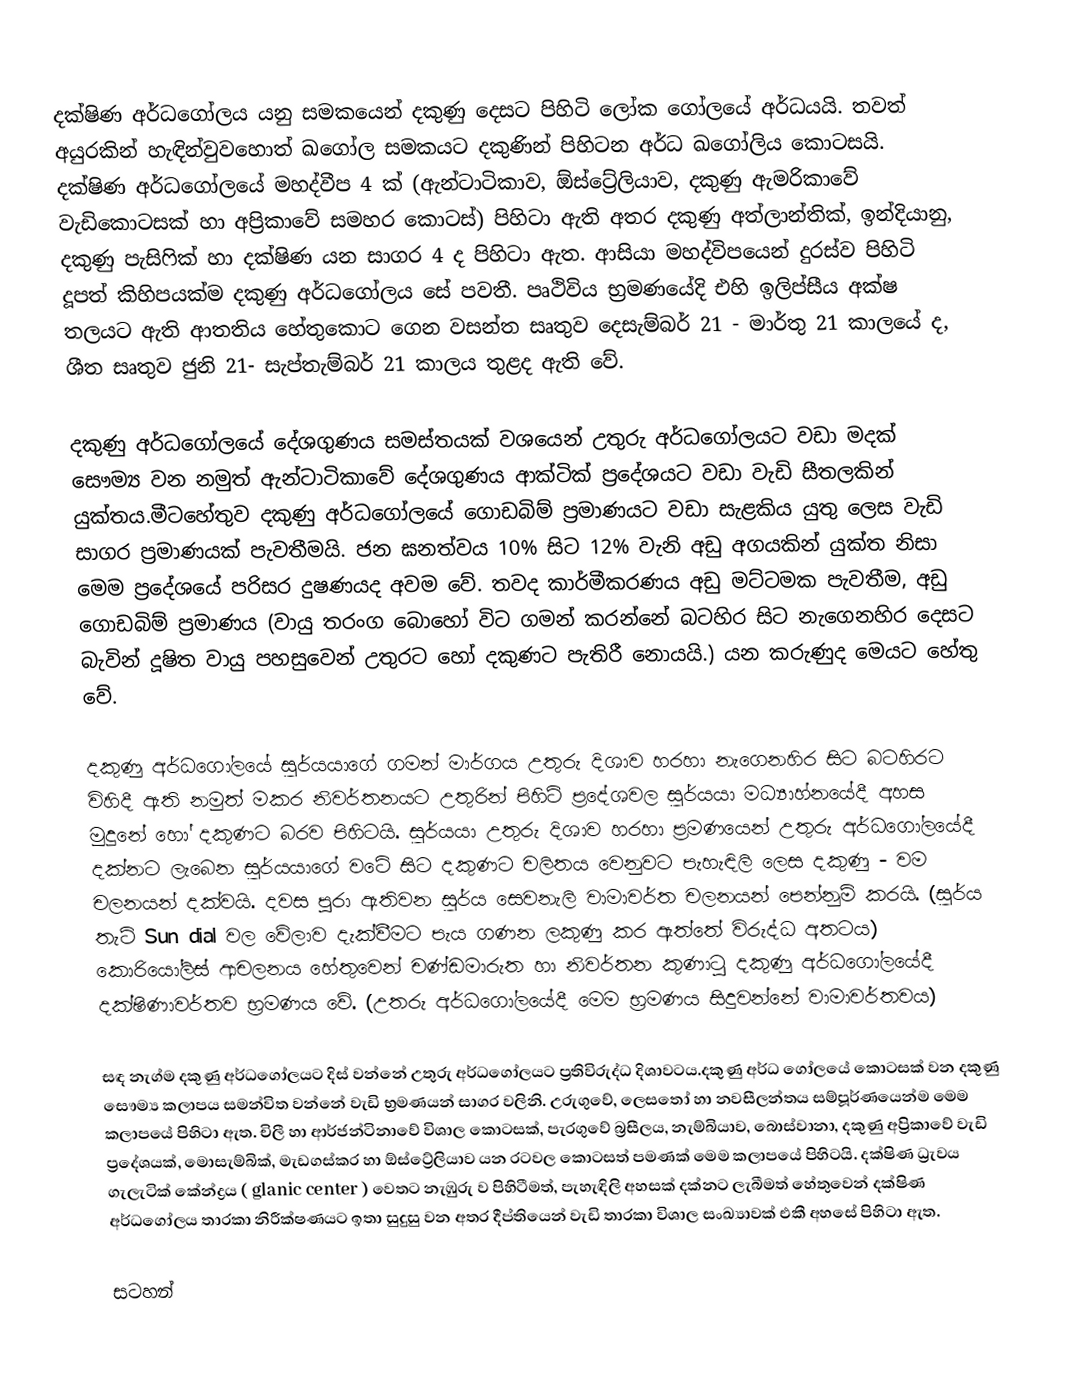
දක්ෂිණ අර්ධගෝලය යනු සමකයෙන් දකුණු දෙසට පිහිටි ලෝක ගෝලයේ අර්ධයයි. තවත් අයුරකින් හැඳින්වුවහොත් ඛගෝල සමකයට දකුණින් පිහිටන අර්ධ ඛගෝලිය කොටසයි. දක්ෂිණ අර්ධගෝලයේ මහද්වීප 4 ක් (ඇන්ටාටිකාව, ඕස්ට්‍රේලියාව, දකුණු ඇමරිකාවේ වැඩිකොටසක් හා අප්‍රිකාවේ සමහර කොටස්) පිහිටා ඇති අතර දකුණු අත්ලාන්තික්, ඉන්දියානු, දකුණු පැසිෆික් හා දක්ෂිණ යන සාගර 4 ද පිහිටා ඇත. ආසියා මහද්විපයෙන් දුරස්ව පිහිටි දූපත් කිහිපයක්ම දකුණු අර්ධගෝලය සේ පවතී. පෘථිවිය භ්‍රම‍ණයේදි එහි ඉලිප්සීය අක්ෂ තලයට ඇති ආතතිය හේතුකොට ගෙන වසන්ත සෘතුව දෙසැම්බර් 21 - මාර්තු 21 කාලයේ ද, ශීත සෘතුව ජුනි 21- සැප්තැම්බර් 21 කාලය තුළද ඇති වේ.

දකුණු අර්ධගෝලයේ දේශගුණය සමස්තයක් වශයෙන් උතුරු අර්ධගෝලයට වඩා මදක් සෞම්‍ය වන නමුත් ඇන්ටාටිකාවේ දේශගුණය ආක්ටික් ප්‍රදේශයට වඩා වැඩි සීතලකින් යුක්තය.මීට‍හේතුව දකුණු අර්ධගෝලයේ ගොඩබිම් ප්‍රමාණයට වඩා සැළකිය යුතු ලෙස වැඩි සාගර ප්‍රමාණයක් පැවතීමයි. ජන ඝනත්වය 10% සිට 12% වැනි අඩු අගයකින් යුක්ත නිසා මෙම ප්‍රදේශයේ පරිසර දුෂණයද අවම වේ. තවද කාර්මීකරණය අඩු මට්ටමක පැවතීම, අඩු ගොඩබිම් ප්‍රමාණය (වායු තරංග බොහෝ විට ගමන් කරන්නේ  බටහිර සිට නැගෙනහිර දෙසට බැවින් දූෂිත වායු පහසුවෙන් උතුරට හෝ දකුණට පැතිරී නොයයි.) යන කරුණුද මෙයට හේතු වේ.

දකුණු අර්ධ‍ගෝලයේ සූර්යයාගේ ගමන් මාර්ගය උතුරු දිශාව හරහා නැගෙනහිර සිට බටහිරට විහිදී ඇති නමුත් මකර නිවර්තනයට උතුරින් පිහිටි ප්‍රදේශවල සූර්යයා මධ්‍යාහ්නයේදී අහස මුදුනේ හෝ දකුණට බරව පිහිටයි. සූර්යයා උතුරු දිශාව හරහා ප්‍රමණයෙන් උතුරු අර්ධගෝලයේදී දක්නට ලැබෙන සූර්යයාගේ වටේ සිට දකුණට චලිතය වෙනුවට පැහැඳිලි ලෙස දකුණු - වම චලනයන් දක්වයි. දවස පුරා ඇතිවන සූර්ය සෙවනැලි වාමාවර්ත චලනයන් පෙන්නුම් කරයි. (සූර්ය තැටි Sun dial වල වේලාව දැක්වීමට පැය ගණන ලකුණු කර ඇත්තේ විරුද්ධ අතටය) කොරියෝලිස් ආචලනය හේතුවෙන් චණ්ඩමාරුත හා නිවර්තන කුණාටු දකුණු අර්ධගෝලයේදී දක්ෂිණාවර්තව භ්‍රමණය වේ. (උතරු අර්ධගෝලයේදී මෙම භ්‍රමණය සිදුවන්නේ වාමාවර්තවය)

සඳ නැග්ම දකුණු අර්ධගෝලයට දිස් වන්නේ උතුරු අර්ධගෝලයට ප්‍රතිවිරුද්ධ දිශාවටය.දකුණු අර්ධ ගෝලයේ කොටසක් වන දකුණු සෞම්‍ය කලාපය සමන්විත වන්නේ වැඩි භ්‍රමණයන් සාගර වලිනි. උරුගුවේ, ලෙසතෝ හා නවසීලන්තය සම්පූර්ණයෙන්ම මෙම කලාපයේ පිහිටා ඇත. චිලී හා ආර්ජන්ටිනාවේ විශාල කොටසක්, පැරගුවේ බ්‍රසීලය, නැම්බියාව, බොස්වානා, දකුණු අප්‍රිකාවේ වැඩි ප්‍රදේශයක්, මොසැම්බික්, මැඩගස්කර හා ඕස්ට්‍රේලියාව යන රටවල කොටසත් පමණක් මෙම කලාපයේ පිහිටයි. දක්ෂිණ ධ්‍රැවය ගැලැටික් කේන්ද්‍රය ( glanic center ) වෙතට නැඹුරු ව පිහිටීමත්, පැහැඳිලි අහසක් දක්නට ලැබීමත් හේතුවෙන් දක්ෂිණ අර්ධගෝලය තාරකා නිරීක්ෂණයට ඉතා සුදුසු වන අතර දීප්තියෙන් වැඩි තාරකා විශාල සංඛ්‍යාවක් එකී අහසේ පිහිටා ඇත.

සටහන්